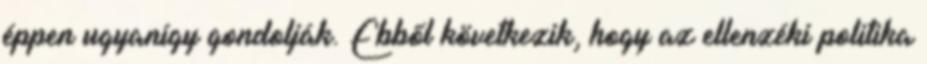
éppen ugyanígy gondolják. Ebből következik, hogy az ellenzéki politika